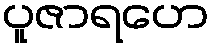
ပူဇာရဟေ